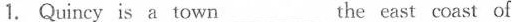
1. Quincy is a town___the east coast of